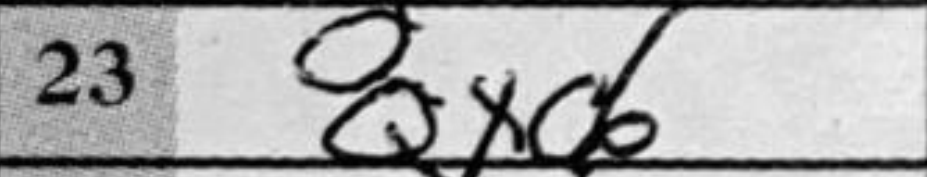
Transcription: Qxd6